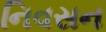
નિવસન